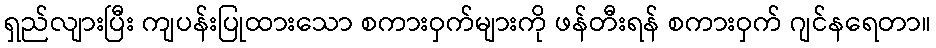
ရှည်လျားပြီး ကျပန်းပြုထားသော စကားဝှက်များကို ဖန်တီးရန် စကားဝှက် ဂျင်နရေတာ။